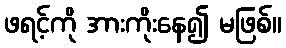
ဖရင့်ကို အားကိုးနေ၍ မဖြစ်။